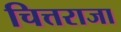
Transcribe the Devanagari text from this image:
चित्तराजा